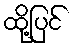
ထို့ပြင်